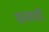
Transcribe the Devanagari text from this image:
सतवाड़ी